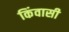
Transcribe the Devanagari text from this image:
किंवासी